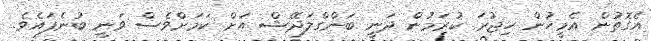
އެގޮތުން އެމީހުން ހިޖުރަ ކުރަމުން ދަނީ ބަންގްލަދޭޝް އަށް ކަމަށްވެސް ވަނީ ބުނެފައެވެ.